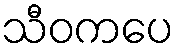
သီဝကပေ